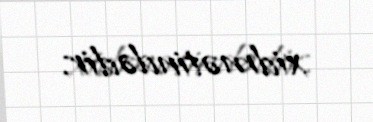
xidmətindədir.